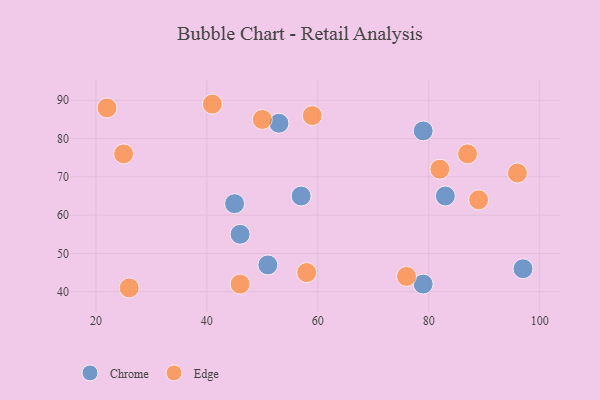
{"axis": {"x": "GDP", "y": "Life Expectancy"}, "legend": ["Chrome", "Edge"], "data": [{"x": "45", "y": 63, "type": "Chrome"}, {"x": "83", "y": 65, "type": "Chrome"}, {"x": "97", "y": 46, "type": "Chrome"}, {"x": "79", "y": 42, "type": "Chrome"}, {"x": "46", "y": 55, "type": "Chrome"}, {"x": "57", "y": 65, "type": "Chrome"}, {"x": "53", "y": 84, "type": "Chrome"}, {"x": "79", "y": 82, "type": "Chrome"}, {"x": "51", "y": 47, "type": "Chrome"}, {"x": "59", "y": 86, "type": "Edge"}, {"x": "96", "y": 71, "type": "Edge"}, {"x": "46", "y": 42, "type": "Edge"}, {"x": "82", "y": 72, "type": "Edge"}, {"x": "58", "y": 45, "type": "Edge"}, {"x": "22", "y": 88, "type": "Edge"}, {"x": "76", "y": 44, "type": "Edge"}, {"x": "25", "y": 76, "type": "Edge"}, {"x": "50", "y": 85, "type": "Edge"}, {"x": "26", "y": 41, "type": "Edge"}, {"x": "41", "y": 89, "type": "Edge"}, {"x": "89", "y": 64, "type": "Edge"}, {"x": "87", "y": 76, "type": "Edge"}]}